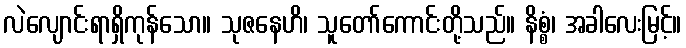
လဲလျောင်းရာရှိကုန်သော။ သုဇနေဟိ၊ သူတော်ကောင်းတို့သည်။ နိစ္စံ၊ အခါလေးမြင့်။